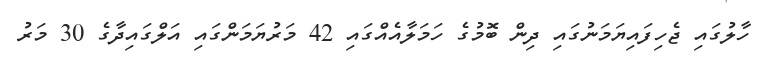
ހާލުގައި ޖެހިފައިޔަމަނުގައި ދިން ބޮމުގެ ހަމަލާއެއްގައި 42 މަރުޔަމަންގައި އަލްގައިދާގެ 30 މަރު